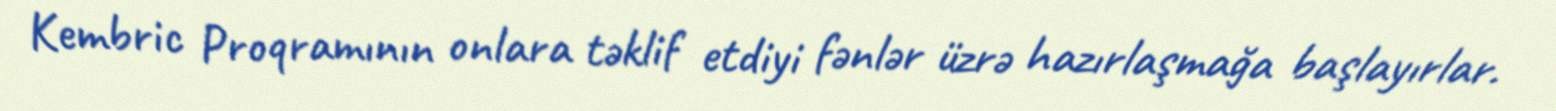
Kembric Proqramının onlara təklif etdiyi fənlər üzrə hazırlaşmağa başlayırlar.